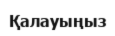
Қалауыңыз